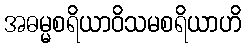
အဓမ္မစရိယာဝိသမစရိယာဟိ